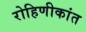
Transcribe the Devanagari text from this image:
रोहिणीकांत